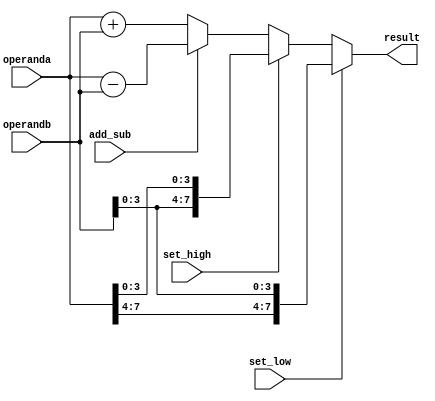
module alu (input add_sub, set_low, set_high, input [7:0] operanda , operandb, output reg [7:0] result);

always @(*)
	begin
		if (set_low)
			result={operanda[7:4], operandb[3:0]};
		else if (set_high)
			result={operandb[3:0], operanda[3:0]};
		else
			begin
				if(add_sub) // if 1 then subtraction,   0---addition
					result=operanda-operandb;
				else
					result=operanda+operandb;
			end
	end



endmodule